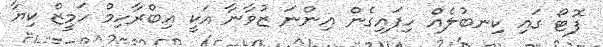
ފޮޓޯ ގައި ކިނބުލެއް ހިފައިގެން އިންނަ ޒުވާނާ އަކީ އިބްރާހިމް ހަމީޒް ކިޔާ